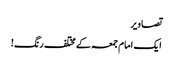
تصاویر
ایک امام جمعہ کے مختلف رنگ!